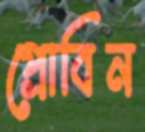
প্রোবিন